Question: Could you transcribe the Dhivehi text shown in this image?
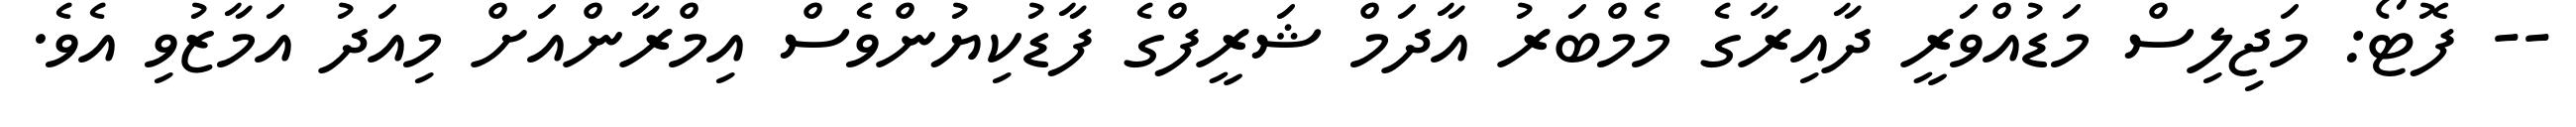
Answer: -- ފޮޓޯ: މަޖިލިސް މަޑުއްވަރީ ދާއިރާގެ މެމްބަރު އާދަމް ޝަރީފްގެ ފާޑުކިޔުންވެސް އިމްރާންއަށް މިއަދު އަމާޒުވި އެވެ.